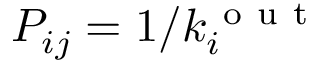
P _ { i j } = 1 / k _ { i } ^ { \mathrm { ~ o ~ u ~ t ~ } }